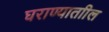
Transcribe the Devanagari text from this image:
घराण्याताील